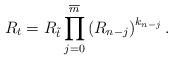
LaTeX: \begin{align*}R_t=R_{\tilde{t}}\prod_{j=0}^{\overline{m}}\left(R_{n-j}\right)^{k_{n-j}}.\end{align*}